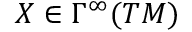
X \in \Gamma ^ { \infty } ( T M )